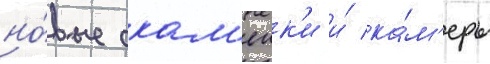
но́вые скам'еик'и и́ ка́м'еры